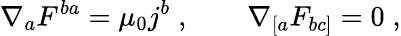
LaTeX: \nabla_{a}F^{ba}=\mu_{0}j^{b}\; ,\qquad\nabla_{[a}F_{bc]}=0\; ,